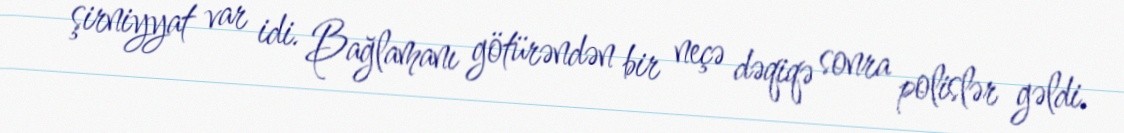
şirniyyat var idi. Bağlamanı götürəndən bir neçə dəqiqə sonra polislər gəldi.